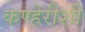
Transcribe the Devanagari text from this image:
कण्हेरीशी